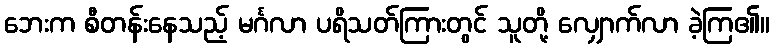
ဘေးက စီတန်းနေသည့် မင်္ဂလာ ပရိသတ်ကြားတွင် သူတို့ လျှောက်လာ ခဲ့ကြ၏။